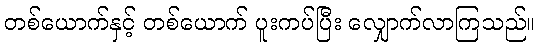
တစ်ယောက်နှင့် တစ်ယောက် ပူးကပ်ပြီး လျှောက်လာကြသည်။